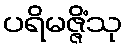
ပရိမဇ္ဇိံသု